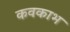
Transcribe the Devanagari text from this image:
कवकाभ